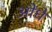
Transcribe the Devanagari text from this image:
ओंधे